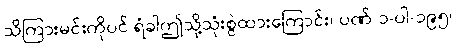
သိကြားမင်းကိုပင် ရံခါဤသို့သုံးစွဲထားကြောင်း၊ ပဏ်-၁-ပါ-၁၉၅၊